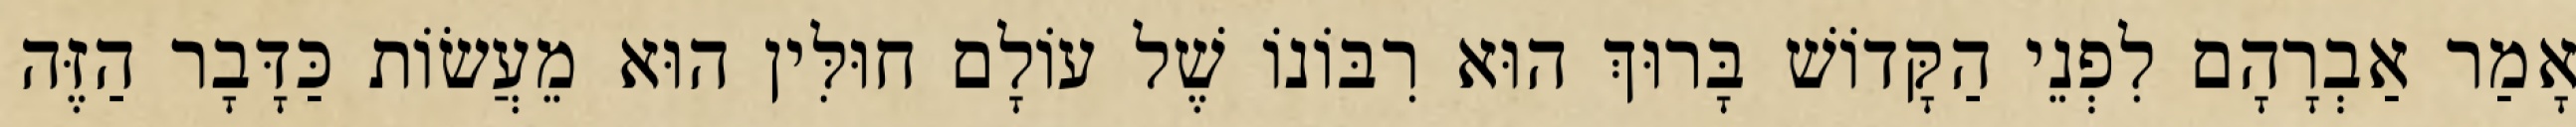
אָמַר אַבְרָהָם לִפְנֵי הַקָּדוֹשׁ בָּרוּךְ הוּא רִבּוֹנוֹ שֶׁל עוֹלָם חוּלִּין הוּא מֵעֲשׂוֹת כַּדָּבָר הַזֶּה